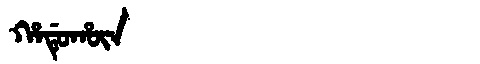
Manchu: ᡥᠠᡩᡠᡥᡡᠨ
Romanization: HADUHŪN